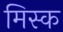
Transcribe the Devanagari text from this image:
मिस्क